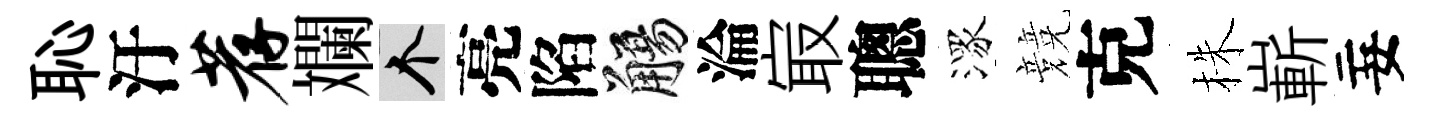
恥汙荐斕个亮陷觴淪㝡聰潈競克株嶄妄